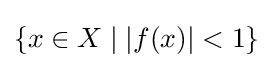
\{x\in X\mid |f(x)|<1\}